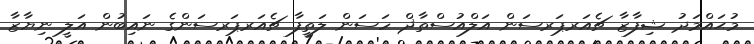
މުޙައްމަދު ޝިފާޒާ ޗެއަރޕަރސަން އަލްއުސްތާޛް ހަސަން ލަތީފާ ޗެއަރޕަރސަންގެ ނައިބުން އަލީ ނިޔާޒާ